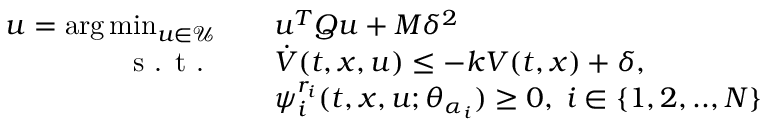
\begin{array} { r l } { u = \arg \operatorname* { m i n } _ { u \in \mathcal { U } } \quad } & { u ^ { T } Q u + M \delta ^ { 2 } } \\ { \textrm { s . t . } \quad } & { \dot { V } ( t , x , u ) \leq - k V ( t , x ) + \delta , } \\ & { \psi _ { i } ^ { r _ { i } } ( t , x , u ; \theta _ { \alpha _ { i } } ) \geq 0 , \; i \in \{ 1 , 2 , . . , N \} } \end{array}